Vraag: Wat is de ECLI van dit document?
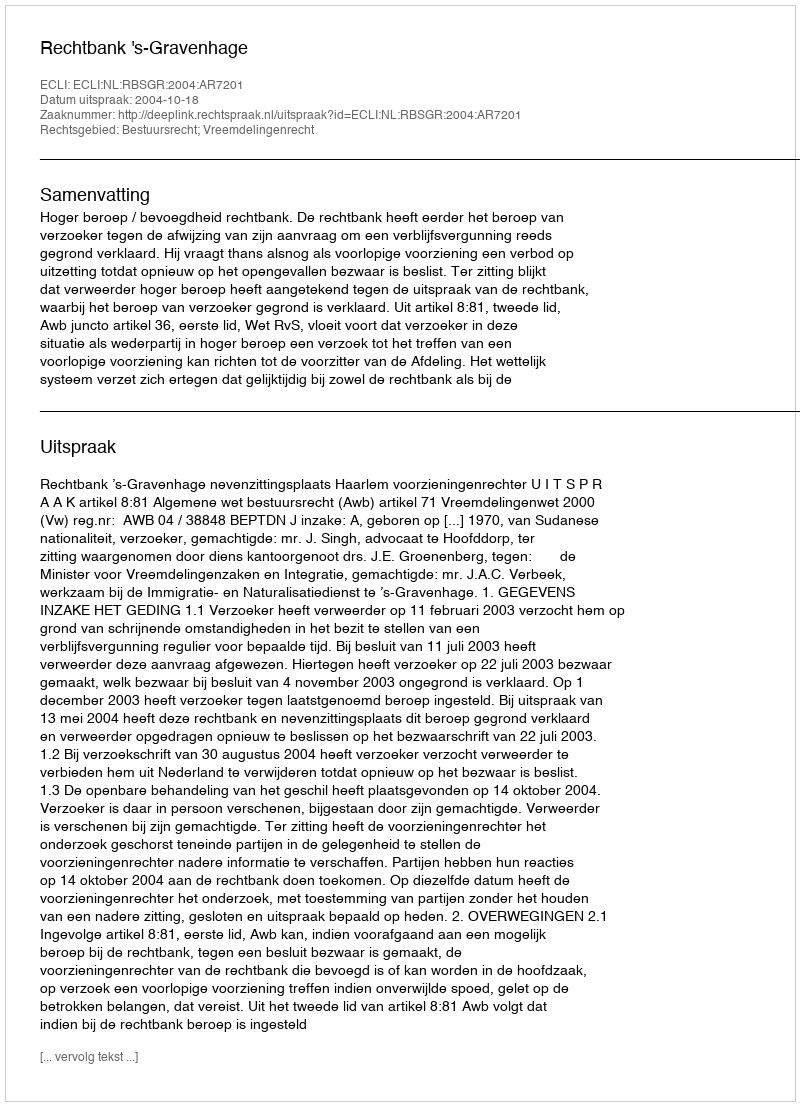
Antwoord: ECLI:NL:RBSGR:2004:AR7201